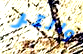
والتر